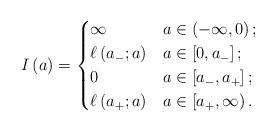
LaTeX: \begin{align*}I \left( a \right) = \begin{cases} \infty & a \in \left( -\infty,0 \right);\\ \ell \left( a_{-} ; a \right) & a \in \left[ 0,a_{-} \right];\\ 0 & a \in \left[ a_{-} , a_{+} \right];\\ \ell \left( a_{+} ; a \right) & a \in \left[ a_{+},\infty \right). \end{cases}\end{align*}